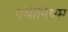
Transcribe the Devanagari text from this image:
एथीनियम